Civil Veterinary Department Bihar & Orissa reports 1911-21 - 1911-1921
Year: 1911
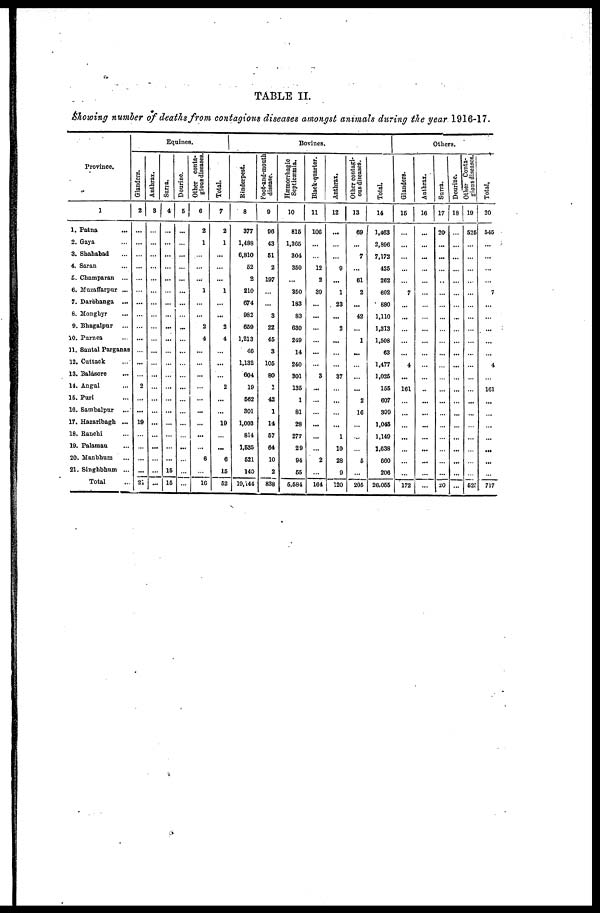
TABLE II.
Showing number of deaths from contagious diseases amongst animals during the year 1916-17.
Province.
1
1. Patna ...
2. Gaya ...
3. Shahabad ...
4. Saran ...
5. Champaran ...
6. Muzaffarpur ...
7. Darbhanga ...
8. Monghyr ...
9. Bhagalpur ...
10. Purnea ...
11. Santal Parganas
12. Cuttack ...
13. Balasore ...
14. Angal ...
15. Puri ...
16. Sambalpur ...
17. Hazaribagh ...
18. Ranchi ...
19. Palamau ...
20. Manbhum ...
21. Singhbhum ...
Total ...
Equines.
Glanders.
2
...
...
...
...
...
...
...
...
...
...
...
...
...
2
...
...
19
...
...
...
...
21
Anthrax.
3
...
...
...
...
...
...
...
...
...
...
...
...
...
...
...
...
...
...
...
...
...
...
Surra.
4
...
...
...
...
...
...
...
...
...
...
...
...
...
...
...
...
...
...
...
...
15
15
Dourine.
5
...
...
...
...
...
...
...
...
...
...
...
...
...
...
...
...
...
...
...
...
...
...
Other conta-
gious diseases.
6
2
1
...
...
...
1
...
...
2
4
...
...
...
...
...
...
...
...
...
6
...
16
Total.
7
2
1
...
...
...
1
...
...
2
4
...
...
...
2
...
...
10
...
...
6
16
62
Bovines.
Rinderpest.
8
377
1,488
0,810
62
2
210
674
982
659
1,213
40
1,132
604
19
562
301
1,003
814
1,535
521
140
10,144
Foot-and-mouth
disease.
0
00
43
61
2
197
...
...
3
22
45
3
105
80
1
42
1
14
67
64
10
2
838
Hæmorrhagic
Septicæmia.
10
815
1,305
304
350
...
350
183
83
030
240
14
240
301
135
1
81
28
277
29
94
65
5,681
Black-quarter.
11
100
...
...
12
2
39
...
...
...
...
...
...
3
...
...
...
...
...
...
2
...
104
Anthrax.
12
...
...
...
0
...
1
23
...
2
...
...
...
37
...
...
...
...
1
10
28
0
120
Other contagi-
ous diseases.
13
69
...
7
...
01
2
...
42
...
1
...
...
...
...
2
16
...
...
...
6
...
205
Total.
14
1,463
2,896
7,172
425
262
002
880
1,110
1,313
1,508
63
1,477
1,026
155
607
300
1,046
1,140
1,038
060
206
26,055
Others.
Glanders.
15
...
...
...
...
...
7
...
...
...
...
...
4
...
161
...
...
...
...
...
...
...
172
Anthrax.
16
...
...
...
...
...
...
...
...
...
...
...
...
...
...
...
...
...
...
...
...
...
...
Surra.
17
20
...
...
...
...
...
...
...
...
...
...
...
...
...
...
...
...
...
...
...
...
20
Dourine.
18
...
...
...
...
...
...
...
...
...
...
...
...
...
...
...
...
...
...
...
...
...
...
Other Conta-
gious diseases.
19
525
...
...
...
..
...
...
...
...
...
...
...
...
...
...
...
...
...
...
...
...
525
Total.
20
545
...
...
...
...
7
...
...
...
...
...
4
...
161
...
...
...
...
...
...
...
717